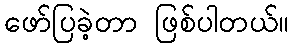
ဖော်ပြခဲ့တာ ဖြစ်ပါတယ်။